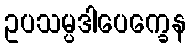
ဥပသမ္ပဒါပေက္ခေန